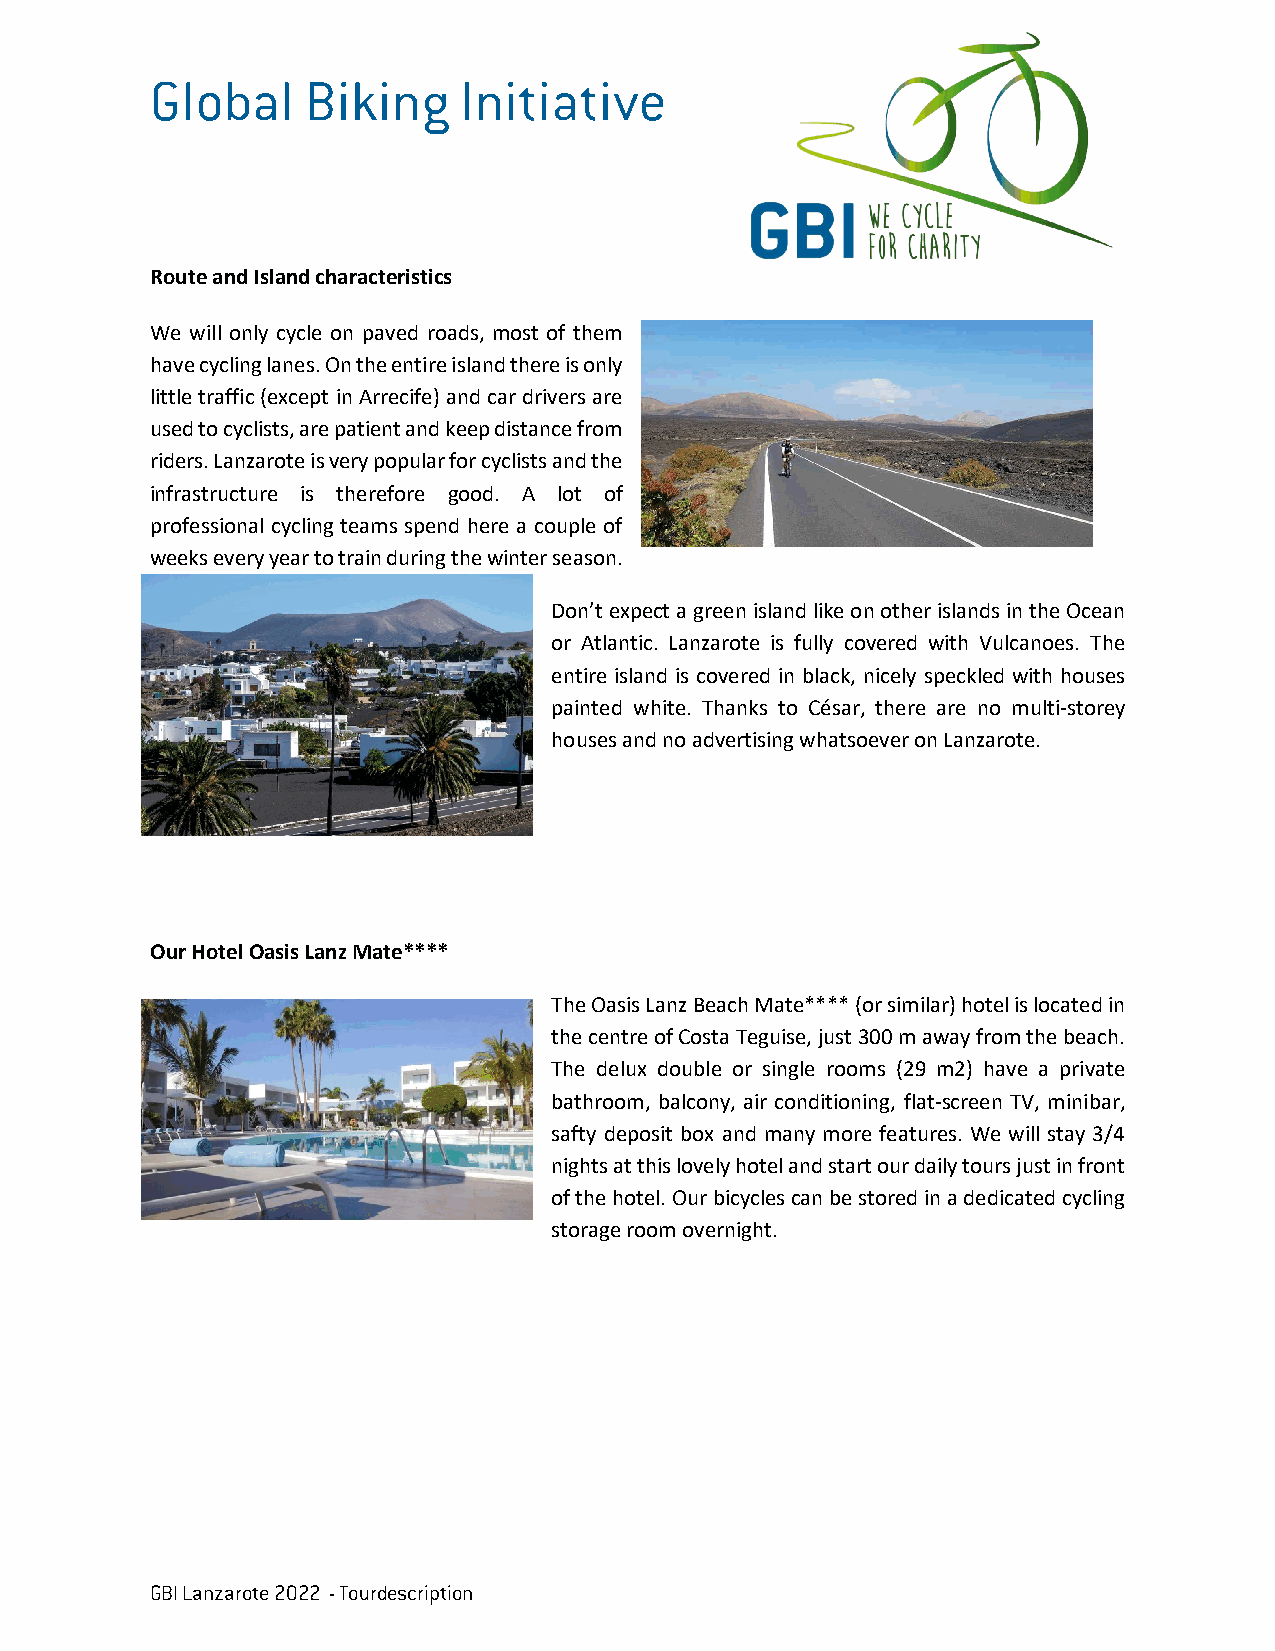
Global    Biking    Initiative
 Route and Island characteristics
 We will only cycle on paved roads, most of them
 have cycling lanes. On the entire island there is only
 little traffic (except in Arrecife) and car drivers are
 used to cyclists, are patient and keep distance from
 riders. Lanzarote is very popular for cyclists and the
 infrastructure is therefore good. A lot of
 professional cycling teams spend here a couple of
 weeks every year to train during the winter season.
 Don’t expect a green island like on other islands in the Ocean
 or Atlantic. Lanzarote is fully covered with Vulcanoes. The
 entire island is covered in black, nicely speckled with houses
 painted white. Thanks to César, there are no multi-storey
 houses and no advertising whatsoever on Lanzarote.
 Our Hotel Oasis Lanz Mate****
 The Oasis Lanz Beach Mate**** (or similar) hotel is located in
 the centre of Costa Teguise, just 300 m away from the beach.
 The delux double or single rooms (29 m2) have a private
 bathroom, balcony, air conditioning, flat-screen TV, minibar,
 safty deposit box and many more features. We will stay 3/4
 nights at this lovely hotel and start our daily tours just in front
 of the hotel. Our bicycles can be stored in a dedicated cycling
 storage room overnight.
 GBI Lanzarote 2022 - Tourdescription